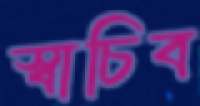
স্বাচিব